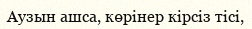
Аузын ашса, көрінер кірсіз тісі,